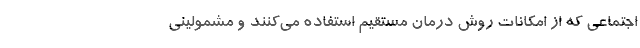
اجتماعی که از امکانات روش درمان مستقیم استفاده می‌کنند و مشمولینی